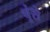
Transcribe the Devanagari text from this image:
चूंसे